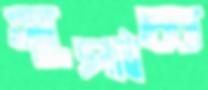
সুপাচ্য